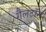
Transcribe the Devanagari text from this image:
गैलटॉन